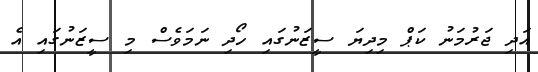
އަދި ޖަރުމަނު ކަޕް މިދިޔަ ސީޒަނުގައި ހޯދި ނަމަވެސް މި ސީޒަނުގައި އެ